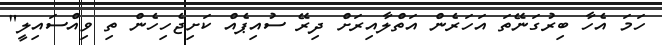
ހަމަ އެހާ ބިރުގަނޭތަ އަހަރެން އަތްލާއިރަށް ދިރޭ ސުއިޕެއް ކަށިޖެހިހެން ތި ވިއްސައިލީ"